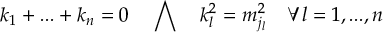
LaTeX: k _ { 1 } + . . . + k _ { n } = 0 \quad \bigwedge \quad k _ { l } ^ { 2 } = m _ { j _ { l } } ^ { 2 } \quad \forall l = 1 , . . . , n